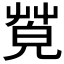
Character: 𦯦